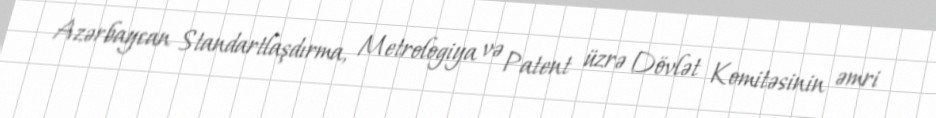
Azərbaycan Standartlaşdırma, Metrologiya və Patent üzrə Dövlət Komitəsinin əmri